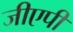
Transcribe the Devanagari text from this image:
जीएपी